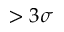
> 3 \sigma